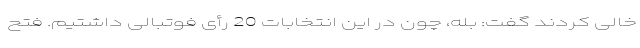
خالی کردند گفت: بله، چون در این انتخابات 20 رأی فوتبالی داشتیم. فتح